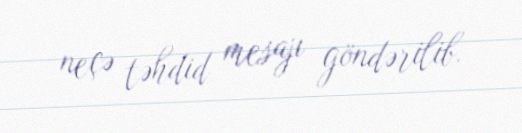
neçə təhdid mesajı göndərilib.